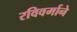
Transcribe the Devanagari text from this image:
रविवर्माने